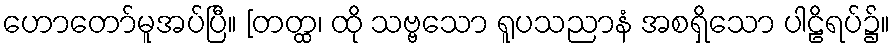
ဟောတော်မူအပ်ပြီ။ [တတ္ထ၊ ထို သဗ္ဗသော ရူပသညာနံ အစရှိသော ပါဠိရပ်၌။